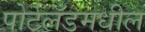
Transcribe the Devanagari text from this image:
पोर्टलँडमधील